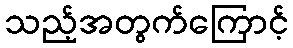
သည့်အတွက်ကြောင့်